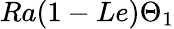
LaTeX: Ra(1-Le)\Theta_{1}